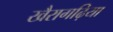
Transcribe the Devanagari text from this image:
खैरागढ़िया